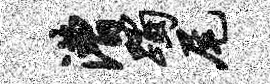
漕躅尾